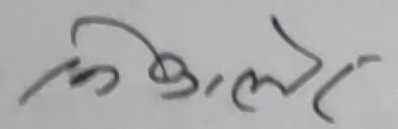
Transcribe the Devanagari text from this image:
कि.ओ.ले.